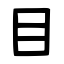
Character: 目